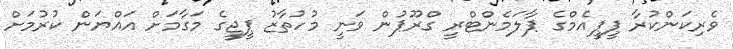
ވެރިކަންކުރާ ޕީޕީއެމްގެ ޕާލަމެންޓްރީ ގްރޫޕުން ވަނީ މުހުތާޒު ޕީޖީގެ މަގާމަށް އައްޔަން ކުރުމަށް